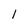
Character: 1